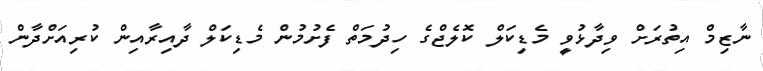
ނާޒިމް އިތުރަށް ވިދާޅުވީ މެޑިކަލް ކޮލެޖްގެ ހިދުމަތް ފެށުމުން މެޑިކަލް ދާއިރާއިން ކުރިއަށްދާން